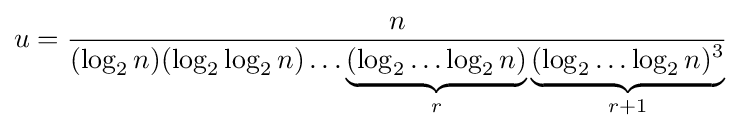
u={\frac {n}{(\log _{2}n)(\log _{2}\log _{2}n)\dots \underbrace {(\log _{2}\dots \log _{2}n)} _{r}\underbrace {(\log _{2}\dots \log _{2}n)^{3}} _{r+1}}}